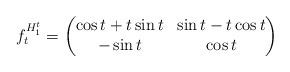
LaTeX: \begin{align*}f_{t}^{H_{1}^{t}}=\begin{pmatrix}\cos t+t\sin t & \sin t-t\cos t\\-\sin t & \cos t\end{pmatrix}\end{align*}